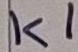
Text: K1